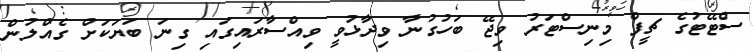
ސްޓޭޓުގެ ޗީފް މިނިސްޓަރު ވިޖޭ ބަހުގުނާ ވިދާޅުވީ ވިއްސާރައިގައި ގިނަ ބަޔަކަށް ގެއްލުން